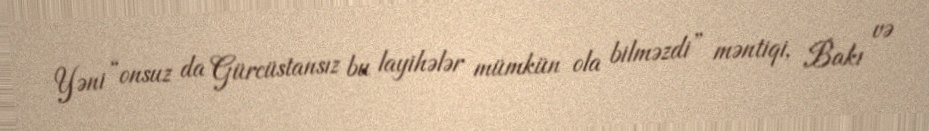
Yəni “onsuz da Gürcüstansız bu layihələr mümkün ola bilməzdi” məntiqi, Bakı və